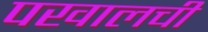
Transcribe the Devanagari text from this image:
पखालची